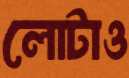
লোটাও